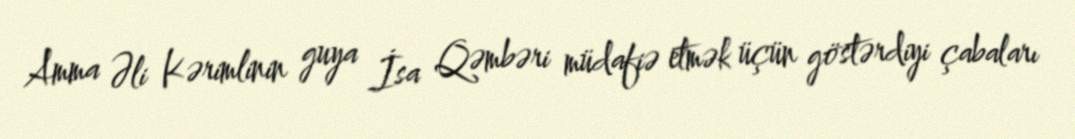
Amma Əli Kərimlinin guya İsa Qəmbəri müdafiə etmək üçün göstərdiyi çabaları